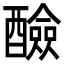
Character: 醶